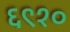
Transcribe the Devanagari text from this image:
६९१०